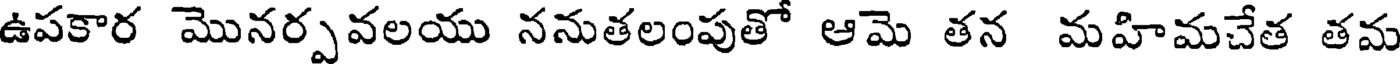
ఉపకార మొనర్పవలయు ననుతలంపుతో ఆమె తన మహిమచేత తమ